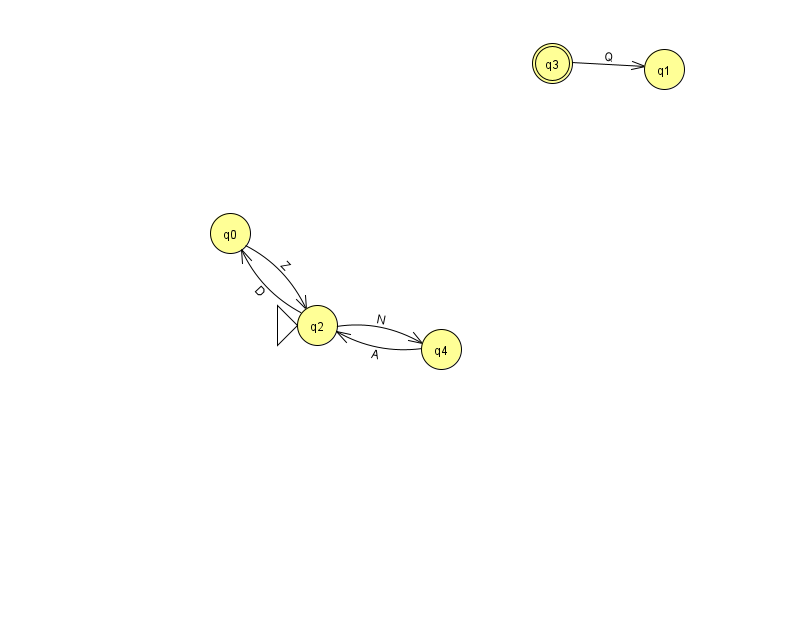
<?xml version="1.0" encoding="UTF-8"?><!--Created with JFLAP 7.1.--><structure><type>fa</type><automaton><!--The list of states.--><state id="0" name="q0"><x>230.0</x><y>220.0</y></state><state id="1" name="q1"><x>664.0</x><y>56.0</y></state><state id="2" name="q2"><x>317.0</x><y>312.0</y><initial/></state><state id="3" name="q3"><x>552.0</x><y>50.0</y><final/></state><state id="4" name="q4"><x>441.0</x><y>336.0</y></state><!--The list of transitions.--><transition><from>2</from><to>4</to><read>N</read></transition><transition><from>2</from><to>0</to><read>D</read></transition><transition><from>3</from><to>1</to><read>Q</read></transition><transition><from>0</from><to>2</to><read>Z</read></transition><transition><from>4</from><to>2</to><read>A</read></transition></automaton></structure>